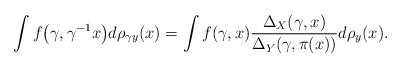
\begin{gather*}\int f\big(\gamma,\gamma^{-1}x\big)d\rho_{\gamma y}(x)=\int f(\gamma,x){\Delta_X(\gamma,x)\over\Delta_Y(\gamma,\pi(x))}d\rho_y(x).\end{gather*}